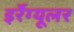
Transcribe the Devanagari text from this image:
इर्रेग्यूलर